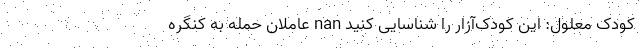
کودک معلول: این کودک‌آزار را شناسایی کنید nan عاملان حمله به کنگره